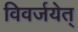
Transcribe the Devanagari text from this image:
विवर्जयेत्